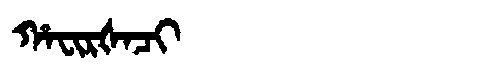
Manchu: ᡥᠠᠸᡳᡵᡧᠠᠴᡳ
Romanization: HAFIRŠACI